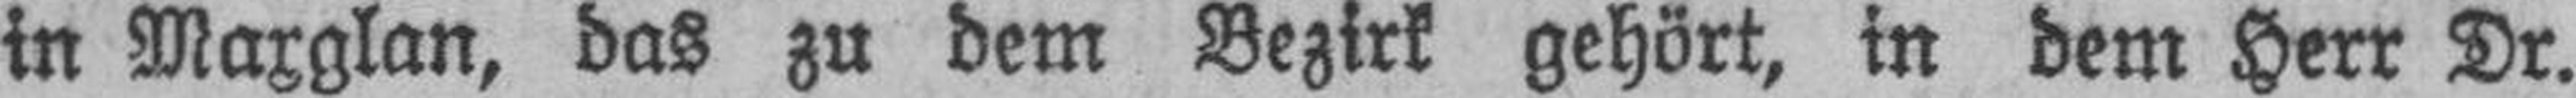
in Maxglan, das zu dem Bezirk gehört, in dem Herr Dr.